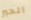
الحبر